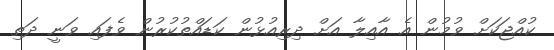
ކުއްޖަކަށް ވުމުން އެ އާއިލާ އަށް ދިރިއުޅުން ކަޑައްތުކުރުން ވެފައި ވަނީ ދަތި